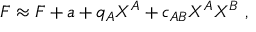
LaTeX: F \approx F + a + q _ { A } X ^ { A } + c _ { A B } X ^ { A } X ^ { B } \ ,